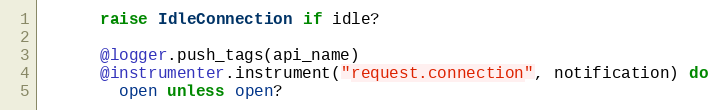
Language: Ruby
      raise IdleConnection if idle?

      @logger.push_tags(api_name)
      @instrumenter.instrument("request.connection", notification) do
        open unless open?